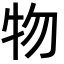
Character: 物